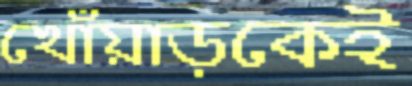
খোঁয়াড়কেই